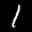
Label: 1